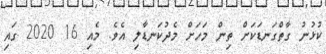
ކުޅުނު ގާތްގަނޑަކަށް ތިން މަހަށް މެދުކަނޑާލި އެވެ. މެއި 16 2020 ގައި